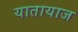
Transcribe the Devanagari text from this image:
यातायाज